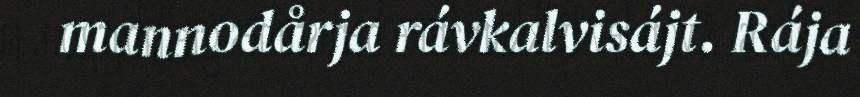
mannodårja rávkalvisájt. Rája